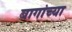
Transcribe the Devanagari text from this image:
बागांच्या